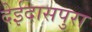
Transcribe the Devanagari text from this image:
देईदासपुरा